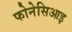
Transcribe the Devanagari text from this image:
फोनेसिआइ